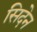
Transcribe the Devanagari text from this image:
सिदेन